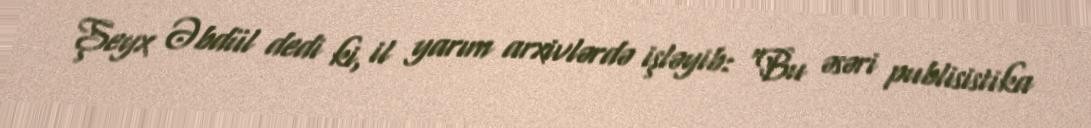
Şeyx Əbdül dedi ki, il yarım arxivlərdə işləyib: “Bu əsəri publisistika